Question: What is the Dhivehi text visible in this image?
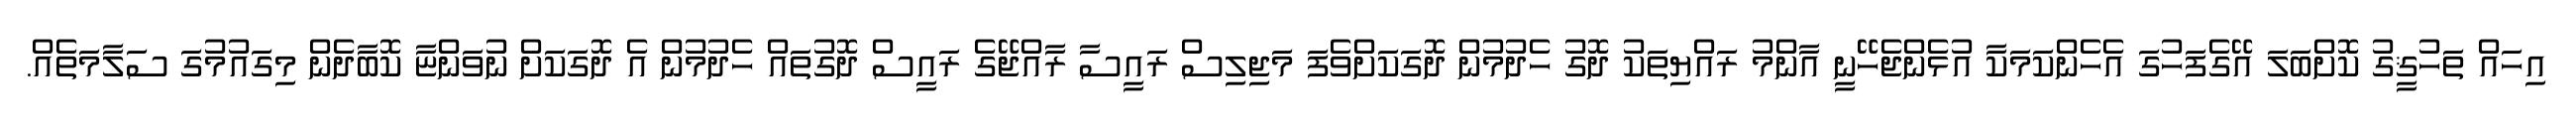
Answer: އިހައް ތަހުޤީގު ކޮށްބަލަ އޭގެފަހުގަ އެހެންކަމަކާ އުޅެންޖެހޭނީ އާންމު ރައްޔިތަކު ދޮގު ހެދުމުން ދޮގަކަށްވެފަ މަޖިލިސް ރައީސާ ރާއްޖޭގެ ރައީސް ދޮގުތައް ހެދުމުން އެ ދޮގަކަށް ނުވަންޏާ ކޮބާދެން މިގައުމުގަ ސަލާމަތެއް.